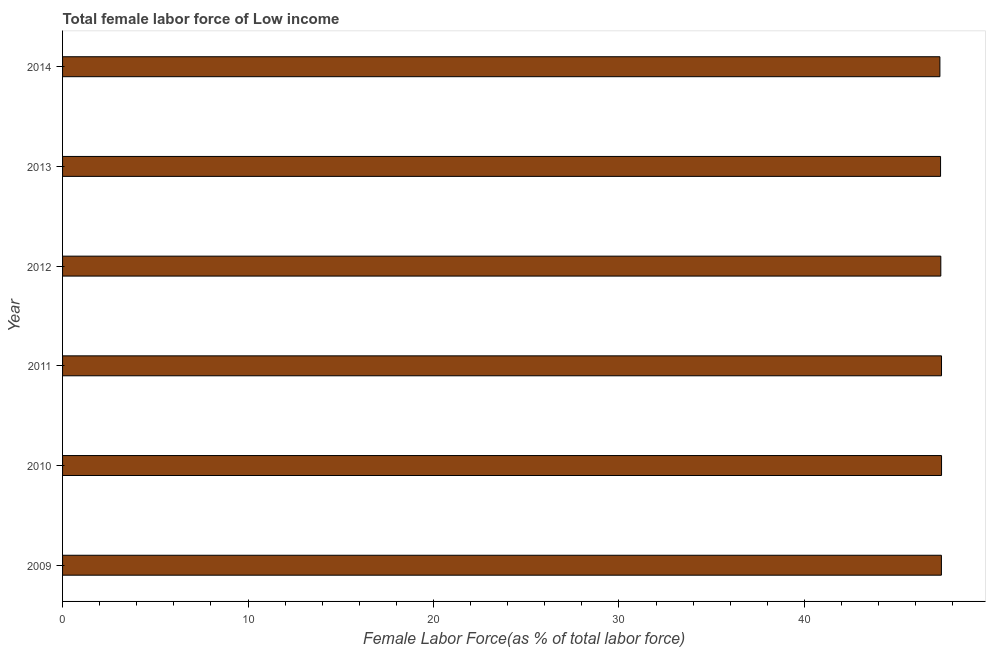
| Year | Female Labor force |
 | --- | --- |
 | 2009 | 47.4 |
 | 2010 | 47.4 |
 | 2011 | 47.4 |
 | 2012 | 47.4 |
 | 2013 | 47.3 |
 | 2014 | 47.3 |